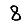
Digit: 8